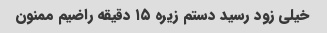
خیلی زود رسید دستم زیره ۱۵ دقیقه راضیم ممنون